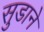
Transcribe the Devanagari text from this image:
सुडाने